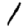
Digit: 1